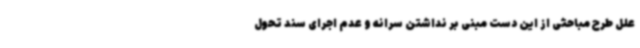
علل طرح مباحثی از این دست مبنی بر نداشتن سرانه و عدم اجرای سند تحول